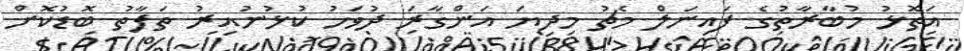
އަތޮޅު މުބާރާތުގެ ފައިނަލް މެޗު މިދިޔަ އަންގާރަ ދުވަހު ކުޅުނުއިރު ތަފާތު ބޮޑުކޮށް